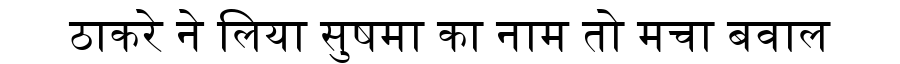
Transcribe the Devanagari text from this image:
ठाकरे ने लिया सुषमा का नाम तो मचा बवाल